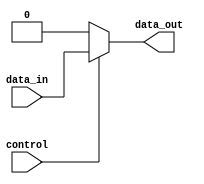
module active_high_buffer (
    input data_in,
    input control,
    output reg data_out
);

always @(*) begin
    if (control)
        data_out = data_in;
    else
        data_out = 1'b0;
end

endmodule